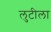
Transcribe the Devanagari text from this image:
लुटीला